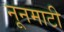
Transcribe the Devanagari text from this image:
नूनमाटी